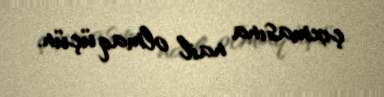
çıxmasına nail olmaq üçün.